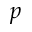
p